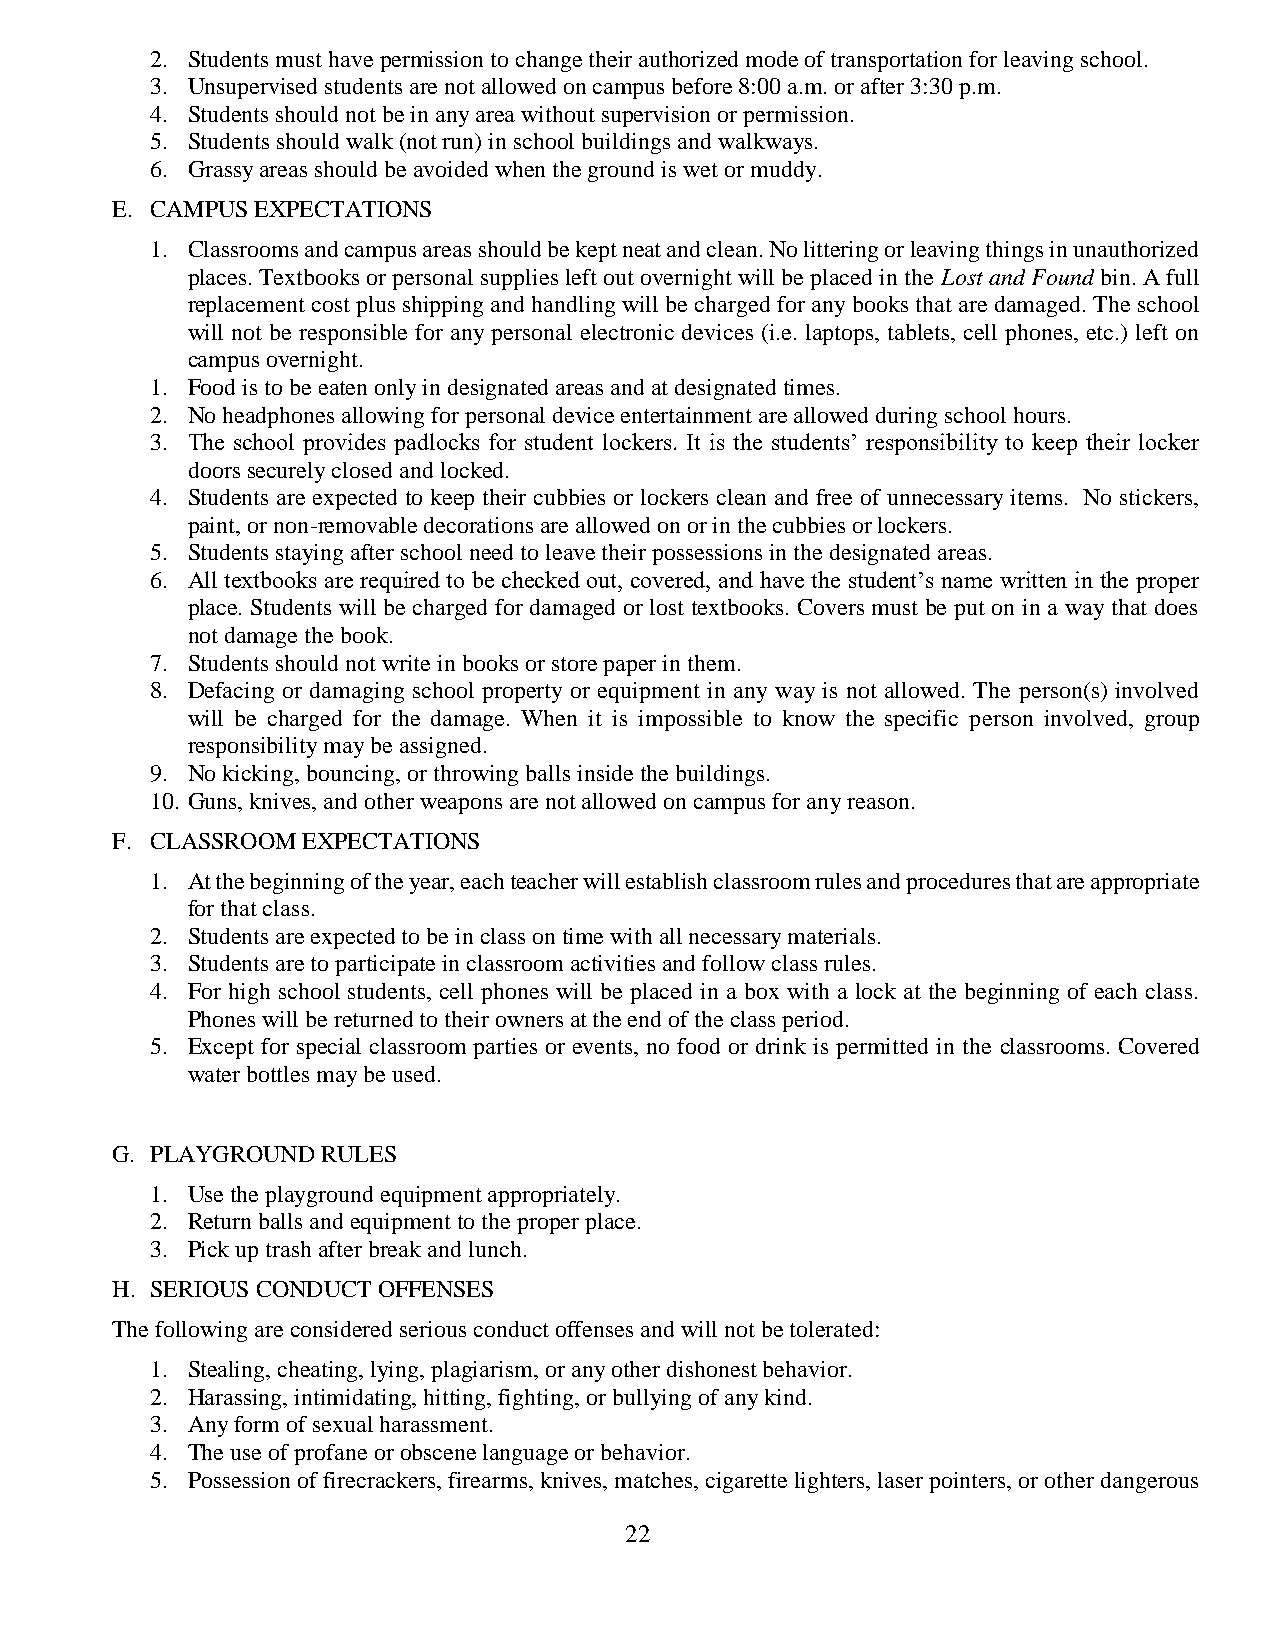
2. Students must have permission to change their authorized mode of transportation for leaving school.
 3. Unsupervised students are not allowed on campus before 8:00 a.m. or after 3:30 p.m.
 4. Students should not be in any area without supervision or permission.
 5. Students should walk (not run) in school buildings and walkways.
 6. Grassy areas should be avoided when the ground is wet or muddy.
 E. CAMPUS EXPECTATIONS
 1. Classrooms and campus areas should be kept neat and clean. No littering or leaving things in unauthorized
 places. Textbooks or personal supplies left out overnight will be placed in the Lost and Found bin. A full
 replacement cost plus shipping and handling will be charged for any books that are damaged. The school
 will not be responsible for any personal electronic devices (i.e. laptops, tablets, cell phones, etc.) left on
 campus overnight.
 1. Food is to be eaten only in designated areas and at designated times.
 2. No headphones allowing for personal device entertainment are allowed during school hours.
 3. The school provides padlocks for student lockers. It is the students’ responsibility to keep their locker
 doors securely closed and locked.
 4. Students are expected to keep their cubbies or lockers clean and free of unnecessary items. No stickers,
 paint, or non-removable decorations are allowed on or in the cubbies or lockers.
 5. Students staying after school need to leave their possessions in the designated areas.
 6. All textbooks are required to be checked out, covered, and have the student’s name written in the proper
 place. Students will be charged for damaged or lost textbooks. Covers must be put on in a way that does
 not damage the book.
 7. Students should not write in books or store paper in them.
 8. Defacing or damaging school property or equipment in any way is not allowed. The person(s) involved
 will be charged for the damage. When it is impossible to know the specific person involved, group
 responsibility may be assigned.
 9. No kicking, bouncing, or throwing balls inside the buildings.
 10. Guns, knives, and other weapons are not allowed on campus for any reason.
 F. CLASSROOM EXPECTATIONS
 1. At the beginning of the year, each teacher will establish classroom rules and procedures that are appropriate
 for that class.
 2. Students are expected to be in class on time with all necessary materials.
 3. Students are to participate in classroom activities and follow class rules.
 4. For high school students, cell phones will be placed in a box with a lock at the beginning of each class.
 Phones will be returned to their owners at the end of the class period.
 5. Except for special classroom parties or events, no food or drink is permitted in the classrooms. Covered
 water bottles may be used.
 G. PLAYGROUND RULES
 1. Use the playground equipment appropriately.
 2. Return balls and equipment to the proper place.
 3. Pick up trash after break and lunch.
 H. SERIOUS CONDUCT OFFENSES
 The following are considered serious conduct offenses and will not be tolerated:
 1. Stealing, cheating, lying, plagiarism, or any other dishonest behavior.
 2. Harassing, intimidating, hitting, fighting, or bullying of any kind.
 3. Any form of sexual harassment.
 4. The use of profane or obscene language or behavior.
 5. Possession of firecrackers, firearms, knives, matches, cigarette lighters, laser pointers, or other dangerous
 22